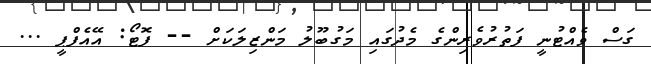
ގަސް ވެއްޓުނީ ފަތުރުވެރިންގެ މެދުގައި މަގުބޫލު މަންޒިލަކަށް -- ފޮޓޯ: އޭއެފްޕީ ...